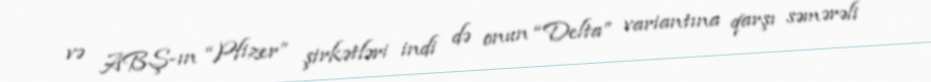
və ABŞ-ın “Pfizer” şirkətləri indi də onun “Delta” variantına qarşı səmərəli